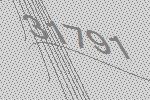
31791